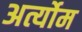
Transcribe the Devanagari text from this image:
अर्त्योम